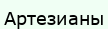
Артезианы